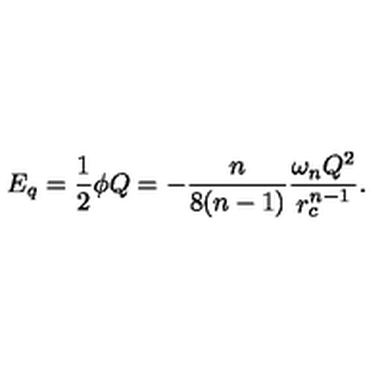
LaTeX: E _ { q } = \frac { 1 } { 2 } \phi Q = - \frac { n } { 8 ( n - 1 ) } \frac { \omega _ { n } Q ^ { 2 } } { r _ { c } ^ { n - 1 } } .